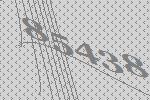
85438